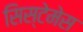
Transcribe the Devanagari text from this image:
सिस्टेमेस